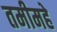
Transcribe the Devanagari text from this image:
तमीमहे